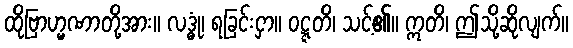
ထိုဗြာဟ္မဏာတို့အား။ လဒ္ဓုံ၊ ရခြင်းငှာ။ ဝဋ္ဋတိ၊ သင့်၏။ ဣတိ၊ ဤသို့ဆိုလျက်။